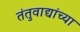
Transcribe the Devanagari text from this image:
तंतुवाद्यांच्या